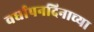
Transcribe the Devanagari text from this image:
वर्धापनदिनाच्या